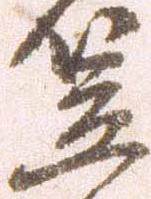
笠